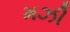
મઝી